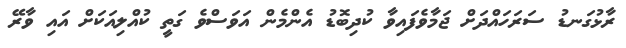
ރާޅުގަނޑު ސަރަހައްދަށް ޖަމާވެފައިވާ ކުދިބޮޑު އެންމެން އަވަސްވެ ގަތީ ކުއްލިއަކަށް އައި ވާރޭ